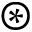
\circledast